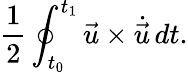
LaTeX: {\frac{1}{2}}\oint_{t_{0}}^{t_{1}}{\vec{u}}\times{\dot{\vec{u}}}\, dt.